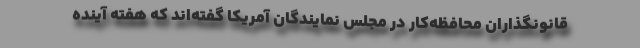
قانونگذاران محافظه‌کار در مجلس نمایندگان آمریکا گفته‌اند که هفته آینده